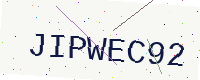
Text: JIPWEC92